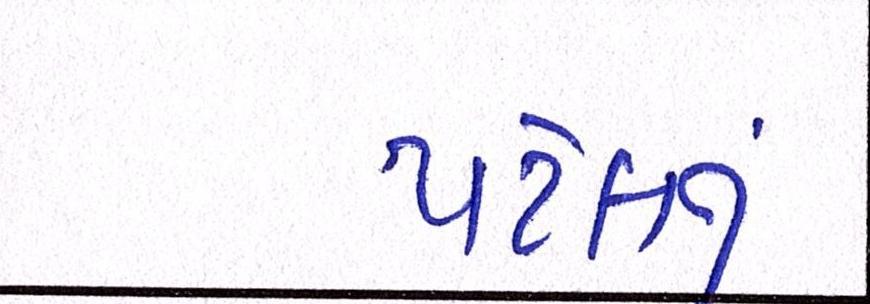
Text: પટેલનું